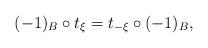
LaTeX: \begin{align*}(-1)_B \circ t_{\xi}=t_{-\xi}\circ (-1)_B,\end{align*}